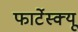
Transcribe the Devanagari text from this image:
फार्टेस्क्यू